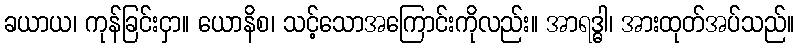
ခယာယ၊ ကုန်ခြင်းငှာ။ ယောနိစ၊ သင့်သောအကြောင်းကိုလည်း။ အာရဒ္ဓါ၊ အားထုတ်အပ်သည်။